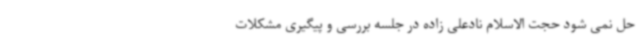
حل نمی شود حجت الاسلام نادعلی زاده در جلسه بررسی و پیگیری مشکلات